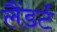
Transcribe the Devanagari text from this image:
लैंडर्ट